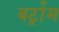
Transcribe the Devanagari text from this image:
बर्ट्राम